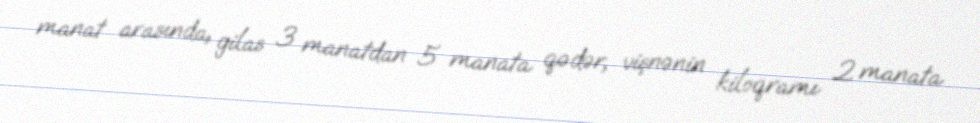
manat arasında, gilas 3 manatdan 5 manata qədər, vişnənin kiloqramı 2 manata